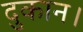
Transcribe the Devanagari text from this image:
दुकान।